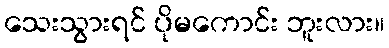
သေးသွားရင် ပိုမကောင်း ဘူးလား။